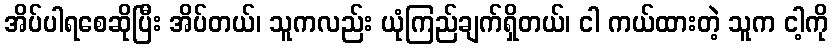
အိပ်ပါရစေဆိုပြီး အိပ်တယ်၊ သူကလည်း ယုံကြည်ချက်ရှိတယ်၊ ငါ ကယ်ထားတဲ့ သူက ငါ့ကို